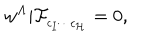
LaTeX: w ^ { \Lambda } \vert \mathcal { F } _ { _ { c _ { I } \cdots c _ { \mathcal { H } } } } = 0 ,